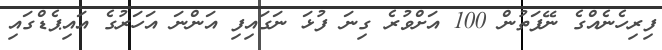
ފިރިހެނެއްގެ ނޭފަތުން 100 އަށްވުރެ ގިނަ ފުޅަ ނަގައިފި އަންނަ އަހަރުގެ އައިޕެޑްގައި